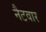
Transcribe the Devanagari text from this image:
नैटवार